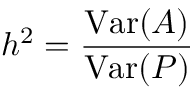
h ^ { 2 } = { \frac { \mathrm { V a r } ( A ) } { \mathrm { V a r } ( P ) } }